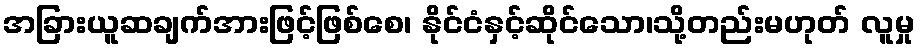
အခြားယူဆချက်အားဖြင့်ဖြစ်စေ၊ နိုင်ငံနှင့်ဆိုင်သော၊သို့တည်းမဟုတ် လူမှု